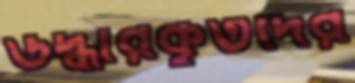
উদ্ধারকৃতদের